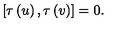
[ \tau \left( u \right) , \tau \left( v \right) ] = 0 .